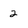
Character: 2